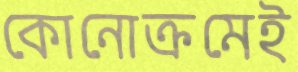
কোনোক্রমেই